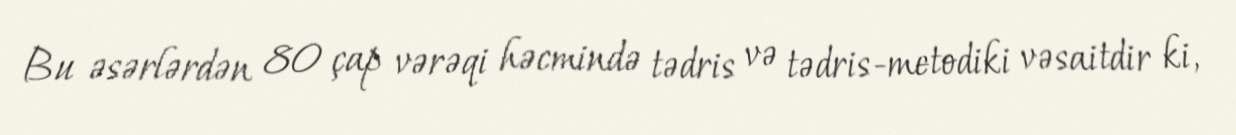
Bu əsərlərdən 80 çap vərəqi həcmində tədris və tədris-metodiki vəsaitdir ki,